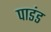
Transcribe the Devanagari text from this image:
पाडंड